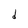
Character: d